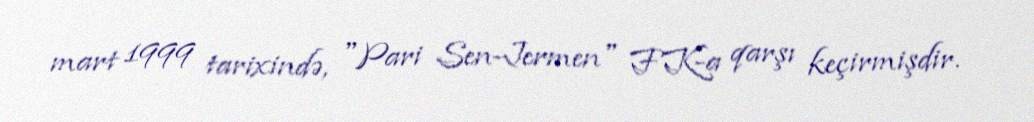
mart 1999 tarixində, "Pari Sen-Jermen" FK-a qarşı keçirmişdir.